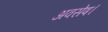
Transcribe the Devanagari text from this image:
अवसेष।